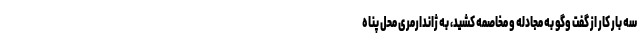
سه بار کار از گفت وگو به مجادله و مخاصمه کشید، به ژاندارمری محل پناه